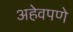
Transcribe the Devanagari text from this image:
अहेवपणे